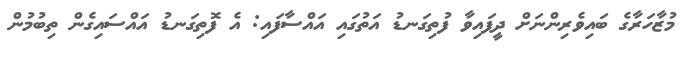
މުޒާހަރާގެ ބައިވެރިންނަށް ދީފައިވާ ފުތިގަނޑު އަތުގައި އައްސާފައި: އެ ފޮތިގަނޑު އައްސައިގެން ތިބުމުން